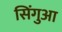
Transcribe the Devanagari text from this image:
सिंगुआ